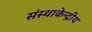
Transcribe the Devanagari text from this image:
संस्थाकेन्द्रीय